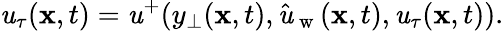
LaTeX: \mathit{u}_{\tau}(\mathbf{{x}},t)=\mathit{u}^{+}(y_{\perp}(\mathbf{{x}},t),\hat{{\mathit{u}}}_{\mathrm{{~w~}}}(\mathbf{{x}},t),\mathit{u}_{\tau}(\mathbf{{x}},t)).